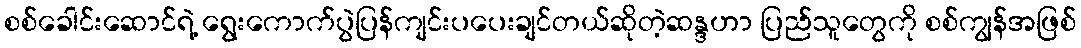
စစ်ခေါင်းဆောင်ရဲ့ ရွေးကောက်ပွဲပြန်ကျင်းပပေးချင်တယ်ဆိုတဲ့ဆန္ဒဟာ ပြည်သူတွေကို စစ်ကျွန်အဖြစ်